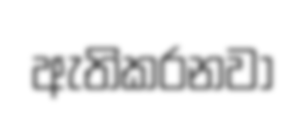
ඇතිකරනවා